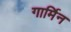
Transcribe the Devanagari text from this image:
गार्मिन